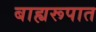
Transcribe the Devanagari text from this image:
बाह्यरूपात